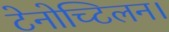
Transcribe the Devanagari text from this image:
टेनोच्टिलन।